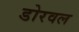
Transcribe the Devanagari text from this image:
डोरवल